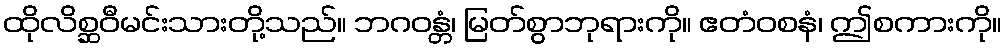
ထိုလိစ္ဆဝီမင်းသားတို့သည်။ ဘဂဝန္တံ၊ မြတ်စွာဘုရားကို။ ဧတံဝစနံ၊ ဤစကားကို။